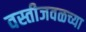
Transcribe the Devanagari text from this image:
वस्तीजवळच्या